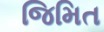
જિમિત